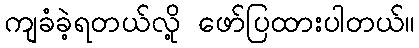
ကျခံခဲ့ရတယ်လို့ ဖော်ပြထားပါတယ်။